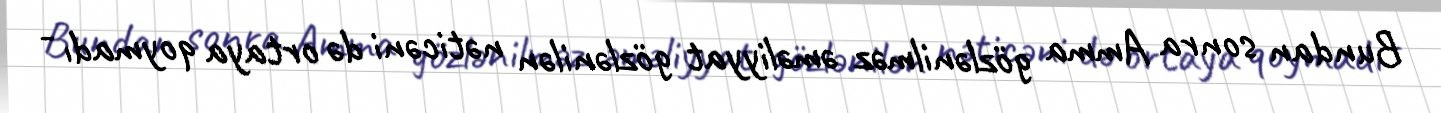
Bundan sonra Amma gözlənilməz əməliyyat gözlənilən nəticəni də ortaya qoymadı -